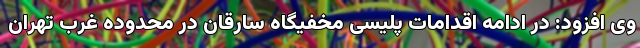
وی افزود: در ادامه اقدامات پلیسی مخفیگاه سارقان در محدوده غرب تهران